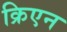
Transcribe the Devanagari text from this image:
क्रिएन